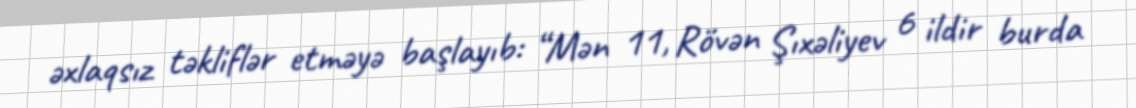
əxlaqsız təkliflər etməyə başlayıb: “Mən 11, Rövən Şıxəliyev 6 ildir burda